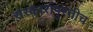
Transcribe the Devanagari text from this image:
संस्कारांपुरतीच